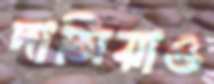
দাসিয়াও